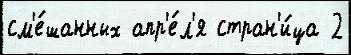
см'е́шанных апр'е́л'я стран'и́ца 2